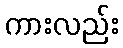
ကားလည်း